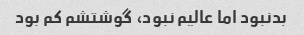
بدنبود اما عالیم نبود، گوشتشم کم بود